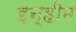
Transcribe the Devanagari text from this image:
इन्हीम